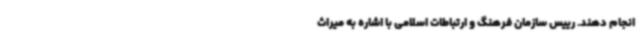
انجام دهند. رییس سازمان فرهنگ و ارتباطات اسلامی با اشاره به میراث